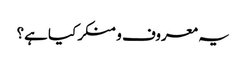
یہ معروف و منکر کیا ہے؟